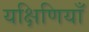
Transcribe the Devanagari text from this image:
यक्षिणियाँ